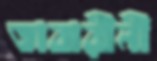
তাবারীনী